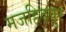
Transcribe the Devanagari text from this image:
मजहिदपुर